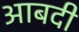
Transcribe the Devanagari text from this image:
आबदी